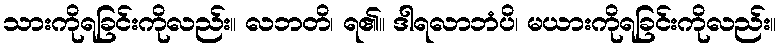
သားကိုရခြင်းကိုလည်း။ လဘတိ၊ ရ၏။ ဒါရလာဘံပိ၊ မယားကိုရခြင်းကိုလည်း။